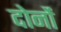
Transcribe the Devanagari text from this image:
दोनोंं